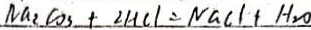
N a _ { 2 } C O _ { 3 } + 2 H C l = N G C l + H _ { 2 } O